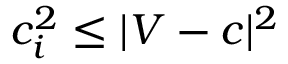
c _ { i } ^ { 2 } \leq | V - c | ^ { 2 }